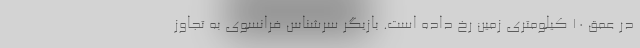
در عمق ۱۰ کیلومتری زمین رخ داده است. بازیگر سرشناس فرانسوی به تجاوز